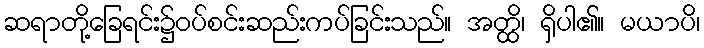
ဆရာတို့ခြေရင်း၌ဝပ်စင်းဆည်းကပ်ခြင်းသည်။ အတ္ထိ၊ ရှိပါ၏။ မယာပိ၊